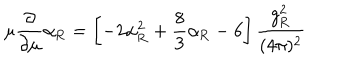
\mu \frac { \partial } { \partial \mu } \alpha _ { \mathrm { R } } = \left[ - 2 \alpha _ { \mathrm { R } } ^ { 2 } + \frac 8 3 \alpha _ { \mathrm { R } } - 6 \right] \frac { g _ { \mathrm { R } } ^ { 2 } } { ( 4 \pi ) ^ { 2 } }